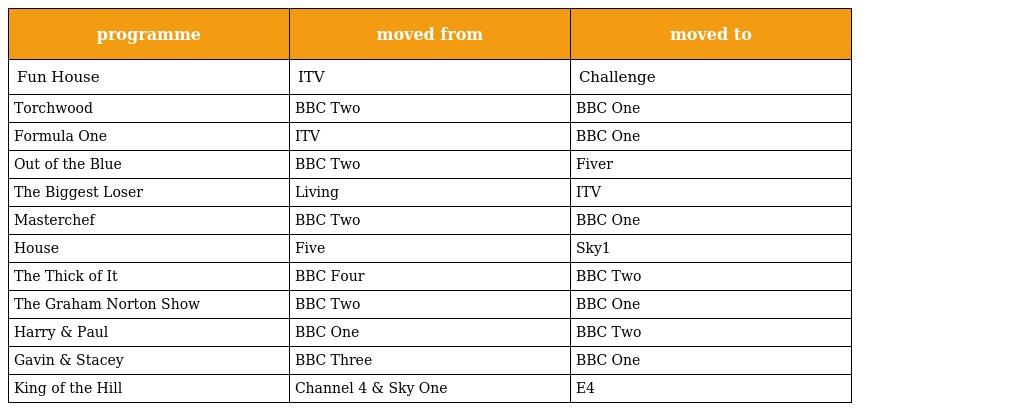
| programme | moved from | moved to |
 | --- | --- | --- |
 | Fun House | ITV | Challenge |
 | Torchwood | BBC Two | BBC One |
 | Formula One | ITV | BBC One |
 | Out of the Blue | BBC Two | Fiver |
 | The Biggest Loser | Living | ITV |
 | Masterchef | BBC Two | BBC One |
 | House | Five | Sky1 |
 | The Thick of It | BBC Four | BBC Two |
 | The Graham Norton Show | BBC Two | BBC One |
 | Harry & Paul | BBC One | BBC Two |
 | Gavin & Stacey | BBC Three | BBC One |
 | King of the Hill | Channel 4 & Sky One | E4 |